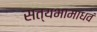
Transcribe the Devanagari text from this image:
सत्यभामाधवं